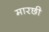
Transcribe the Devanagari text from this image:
मारछी